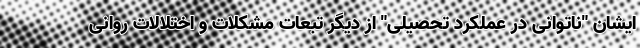
ایشان "ناتوانی در عملکرد تحصیلی" از دیگر تبعات مشکلات و اختلالات روانی